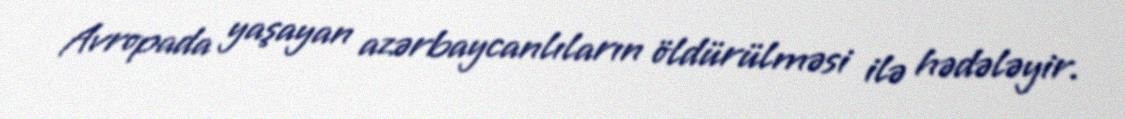
Avropada yaşayan azərbaycanlıların öldürülməsi ilə hədələyir.